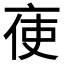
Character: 𠅚